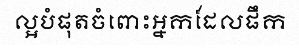
ល្អបំផុតចំពោះអ្នកដែលផឹក